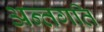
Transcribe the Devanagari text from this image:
अन्तगति